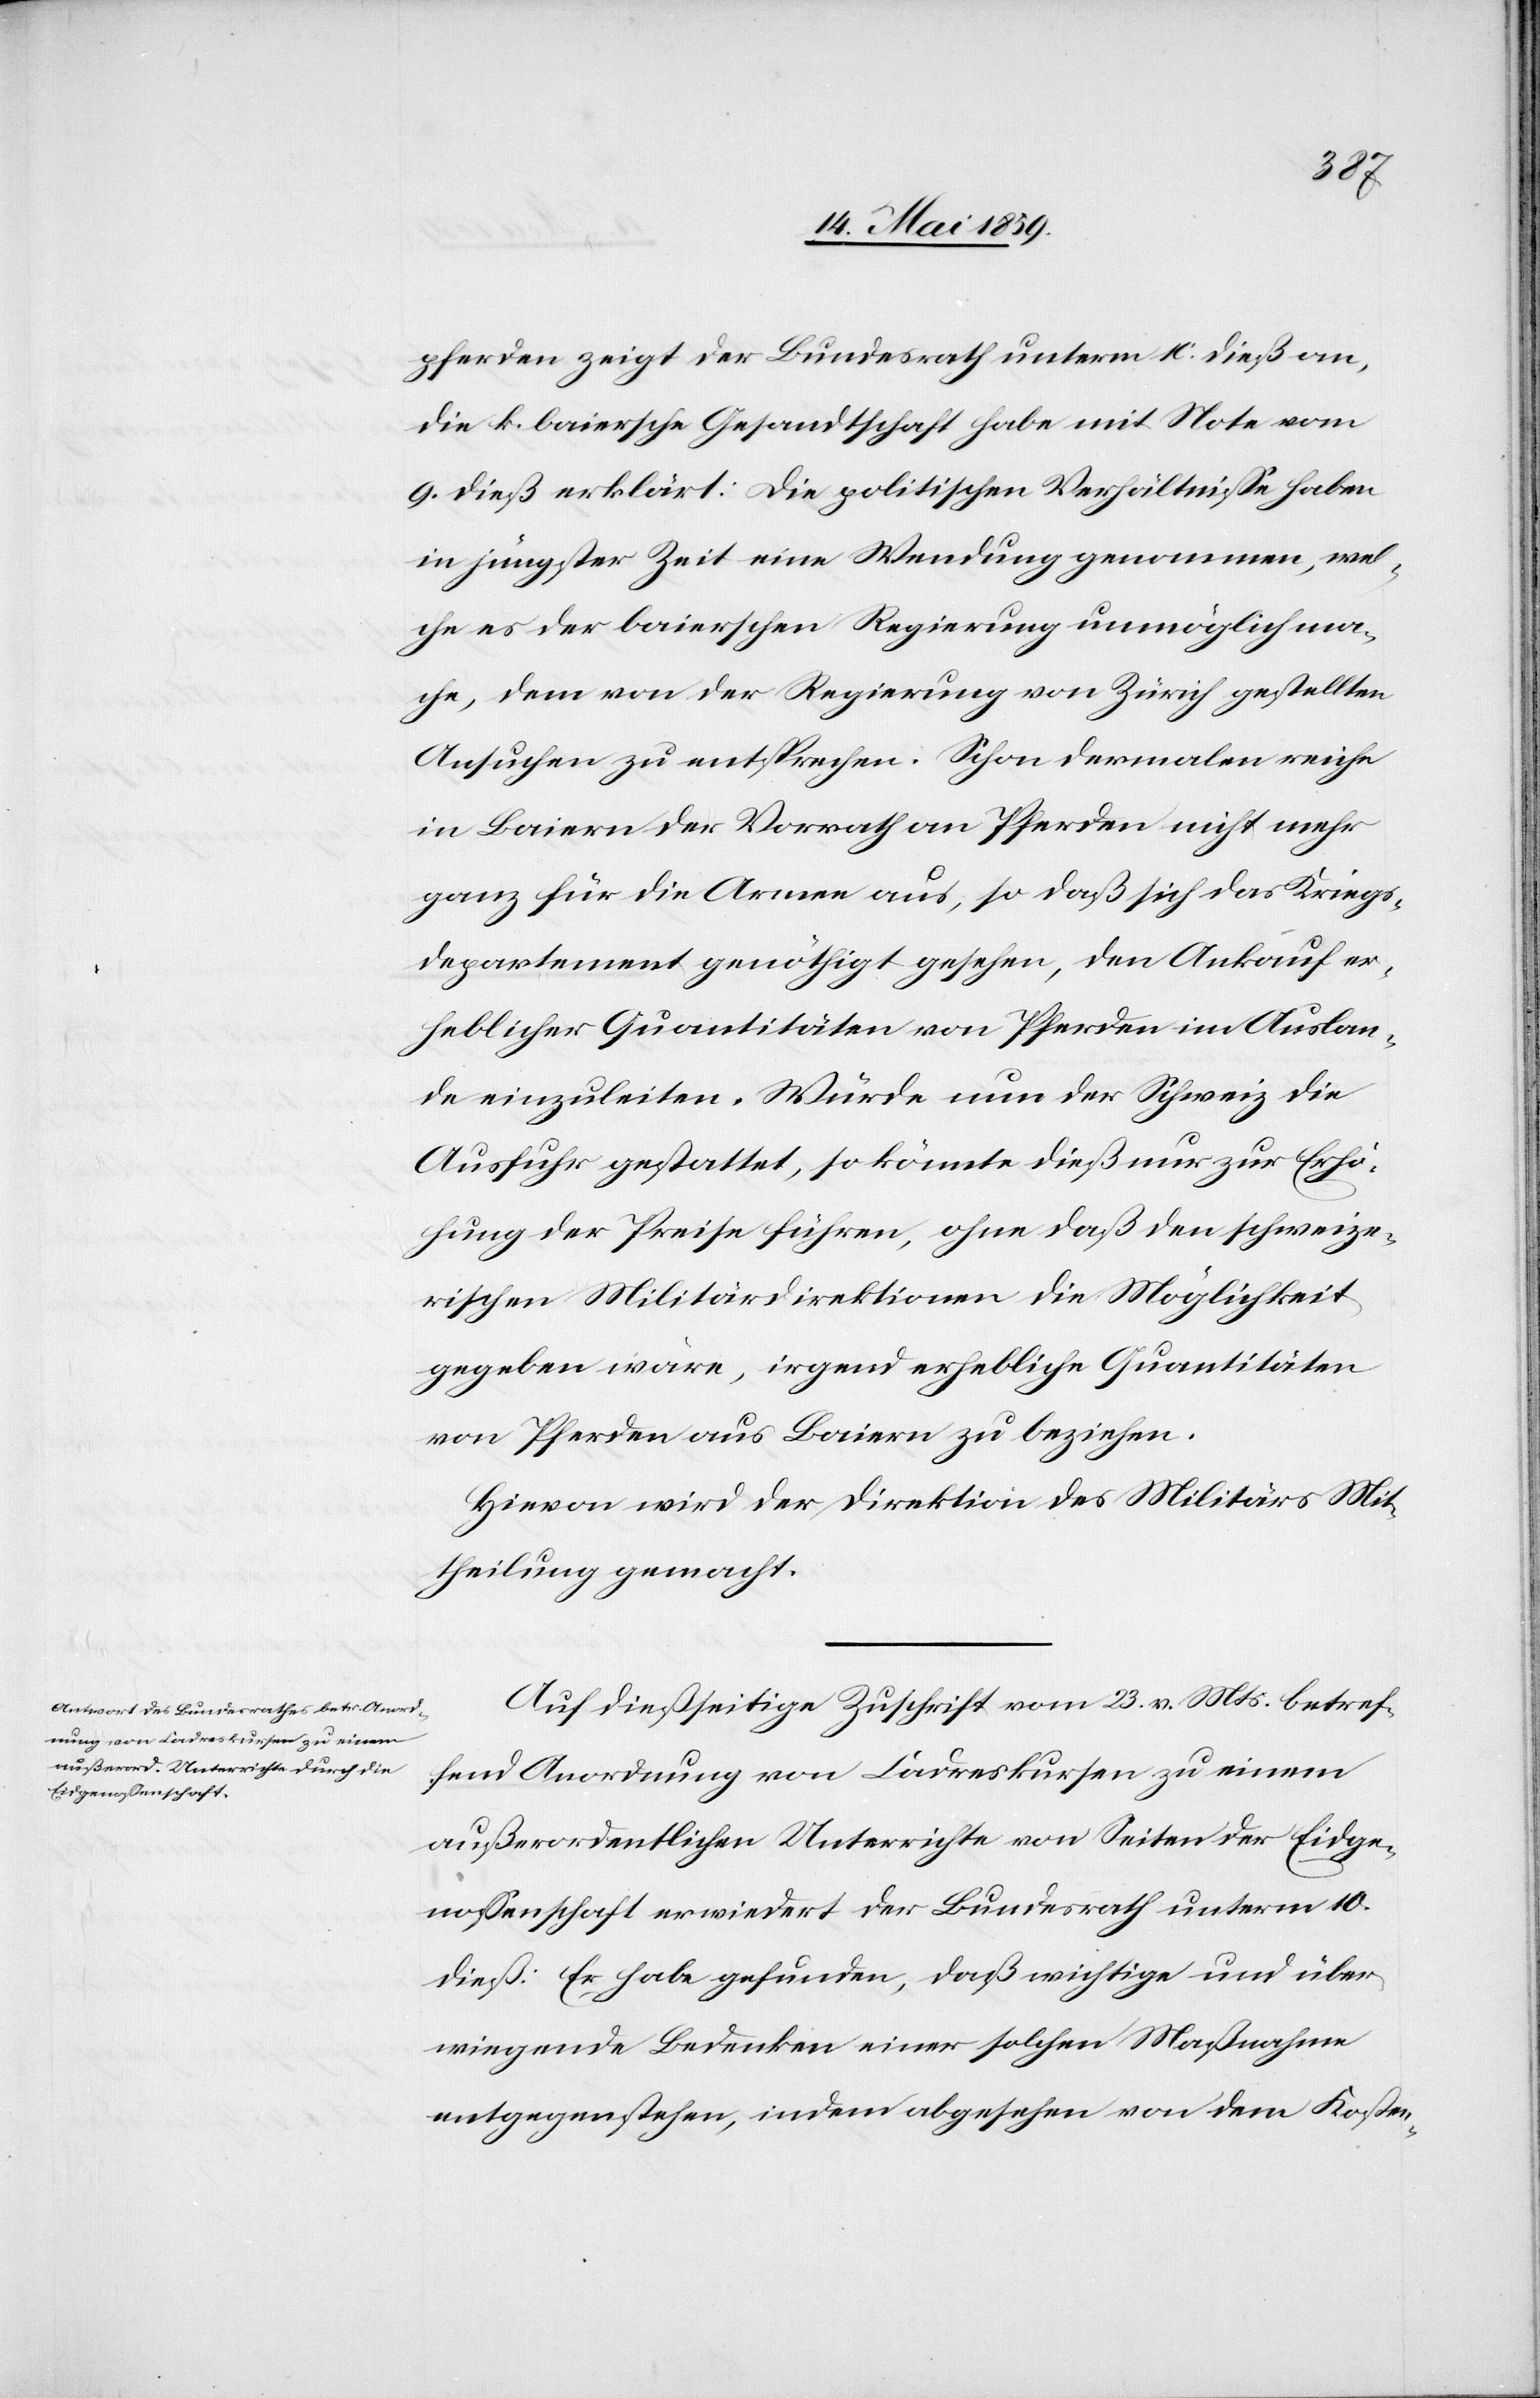
pferden zeigt der Bundesrath unterm 10. dieß an,
die k. baiersche Gesandtschaft habe mit Note vom
9. dieß erklärt: die politischen Verhältniße haben
in jüngster Zeit eine Wendung genommen, wel¬
che es der baierschen Regierung unmöglich ma¬
che, dem von der Regierung von Zürich gestellten
Ansuchen zu entsprechen. Schon dermalen reiche
in Baiern der Vorrath an Pferden nicht mehr
ganz für die Armen aus, so daß sich das Kriegs¬
departement genöthigt gesehen, den Ankauf er¬
heblicher Quantitäten von Pferden im Auslan¬
de einzuleiten. Würde nun der Schweiz die
Ausfuhr gestattet, so konnte dieß nur zur Erhö¬
hung der Preise führen, ohne daß den schweize¬
rischen Militärdirektionen die Möglichkeit
gegeben wäre, irgend erhebliche Quantitäten
von Pferden aus Baiern zu beziehen.
Hievon wird der Direktion des Militärs Mit¬
theilung gemacht.
Auf dießseitige Zuschrift vom 23. v. Mts. betref¬
fend Anordnung von Cadreskursen zu einem
außerordentlichen Unterrichte von Seiten der Eidge¬
noßenschaft erwiedert der Bundesrath unterm 10.
dieß: Er habe gefunden, daß wichtige und über¬
wiegende Bedenken einer solchen Maßnahme
entgegenstehen, indem abgesehen von dem Kosten-